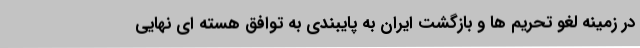
در زمینه لغو تحریم ها و بازگشت ایران به پایبندی به توافق هسته ای نهایی